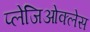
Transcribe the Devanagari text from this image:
प्लेजिओक्लेस